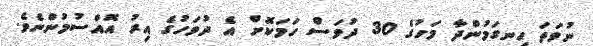
ނުވަތަ ހިނގަމުންދާ މަހުގެ 30 ދުވަސް ހަމަކޮށް އެ ދުވަހުގެ އިރު އޮއްސުމުންނެވެ.